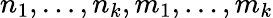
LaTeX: n_{1},\dots,n_{k},m_{1},\dots,m_{k}